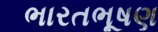
ભારતભૂષણ